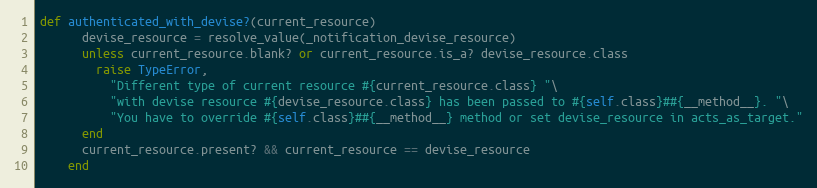
Language: Ruby
def authenticated_with_devise?(current_resource)
      devise_resource = resolve_value(_notification_devise_resource)
      unless current_resource.blank? or current_resource.is_a? devise_resource.class
        raise TypeError,
          "Different type of current resource #{current_resource.class} "\
          "with devise resource #{devise_resource.class} has been passed to #{self.class}##{__method__}. "\
          "You have to override #{self.class}##{__method__} method or set devise_resource in acts_as_target."
      end
      current_resource.present? && current_resource == devise_resource
    end